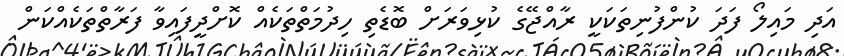
އަދި މައިލޯ ފަދަ ކުންފުނިތަކަކީ ރާއްޖޭގެ ކުޅިވަރަށް ބޮޑެތި ހިދުމަތްތަކެއް ކޮށްދީފައިވާ ފަރާތްތަކެއްކަން